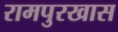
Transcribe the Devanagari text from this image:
रामपुरखास